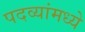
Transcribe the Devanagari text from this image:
पदव्यांमध्ये